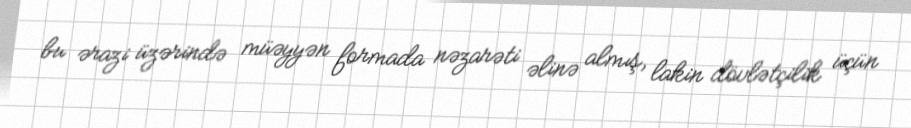
bu ərazi üzərində müəyyən formada nəzarəti əlinə almış, lakin dövlətçilik üçün